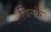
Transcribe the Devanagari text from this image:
जिनकें